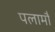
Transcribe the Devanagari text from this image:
पलामौ